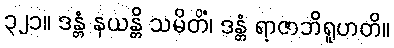
၃၂၁။ ဒန္တံ နယန္တိ သမိတိံ၊ ဒန္တံ ရာဇာဘိရူဟတိ။